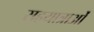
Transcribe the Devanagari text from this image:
सहयात्राओं